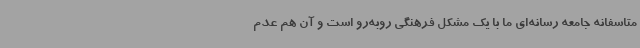
متاسفانه جامعه رسانه‌ای ما با یک مشکل فرهنگی روبه‌رو است و آن هم عدم